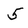
Character: 5